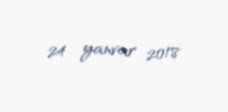
24 yanvar 2018